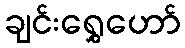
ချင်းရွှေဟော်